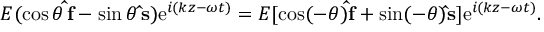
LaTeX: E ( \cos \theta \, \mathbf { \hat { f } } - \sin \theta \, \mathbf { \hat { s } } ) \mathrm { e } ^ { i ( k z - \omega t ) } = E [ \cos ( - \theta ) \mathbf { \hat { f } } + \sin ( - \theta ) \mathbf { \hat { s } } ] \mathrm { e } ^ { i ( k z - \omega t ) } .